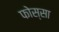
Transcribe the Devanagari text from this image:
फोस्सा